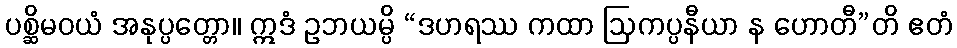
ပစ္ဆိမဝယံ အနုပ္ပတ္တော။ ဣဒံ ဥဘယမ္ပိ “ဒဟရဿ ကထာ ဩကပ္ပနီယာ န ဟောတီ”တိ ဧတံ